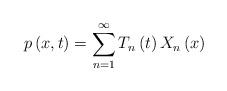
LaTeX: \begin{align*}p\left(x,t\right)=\sum_{n=1}^{\infty}T_{n}\left(t\right)X_{n}\left(x\right)\end{align*}